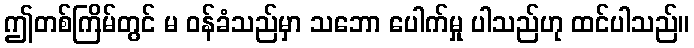
ဤတစ်ကြိမ်တွင် မ ဝန်ခံသည်မှာ သဘော ပေါက်မှု ပါသည်ဟု ထင်ပါသည်။